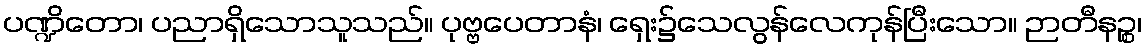
ပဏ္ဍိတော၊ ပညာရှိသောသူသည်။ ပုဗ္ဗပေတာနံ၊ ရှေး၌သေလွန်လေကုန်ပြီးသော။ ဉာတီနဉ္စ၊